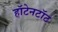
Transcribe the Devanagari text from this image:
हॉटेनटॉट